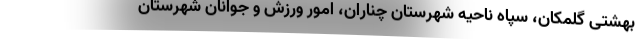
بهشتی گلمکان، سپاه ناحیه شهرستان چناران، امور ورزش و جوانان شهرستان